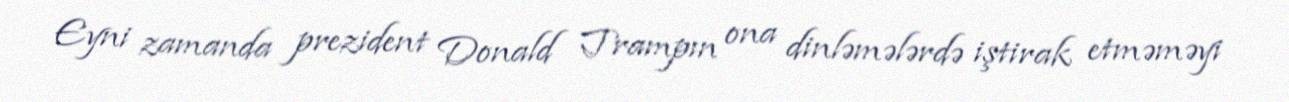
Eyni zamanda prezident Donald Trampın ona dinləmələrdə iştirak etməməyi